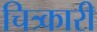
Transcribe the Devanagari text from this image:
चित्र्कारी